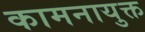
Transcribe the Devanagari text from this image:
कामनायुक्त